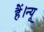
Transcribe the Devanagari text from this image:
हैं।न्यू